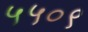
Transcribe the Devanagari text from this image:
५५०९